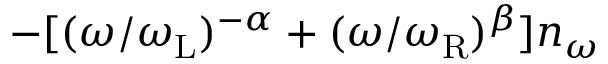
- [ ( \omega / \omega _ { \mathrm { L } } ) ^ { - \alpha } + ( \omega / \omega _ { \mathrm { R } } ) ^ { \beta } ] n _ { \omega }